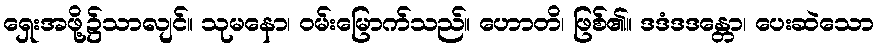
ရှေးအဖို့၌သာလျင်။ သုမနော၊ ဝမ်းမြောက်သည်။ ဟောတိ၊ ဖြစ်၏။ ဒဒံဒဒန္တော၊ ပေးဆဲသော